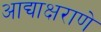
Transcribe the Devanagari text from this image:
आद्याक्षराणे